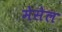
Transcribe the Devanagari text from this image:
मेसेल